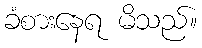
ခံစားနေရ မိသည်။